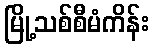
မြို့သစ်စီမံကိန်း